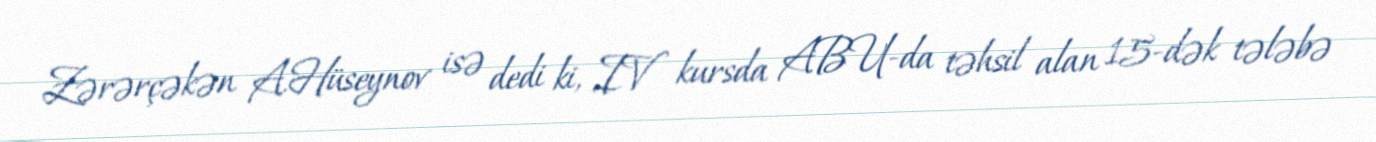
Zərərçəkən A.Hüseynov isə dedi ki, IV kursda ABU-da təhsil alan 15-dək tələbə